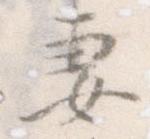
妻